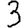
Digit: 3